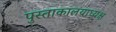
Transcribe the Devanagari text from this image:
पुस्ताकालयाध्यक्ष